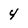
Character: 4